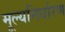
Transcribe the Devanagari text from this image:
मूल्‍यनिर्धारण